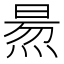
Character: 𤋁